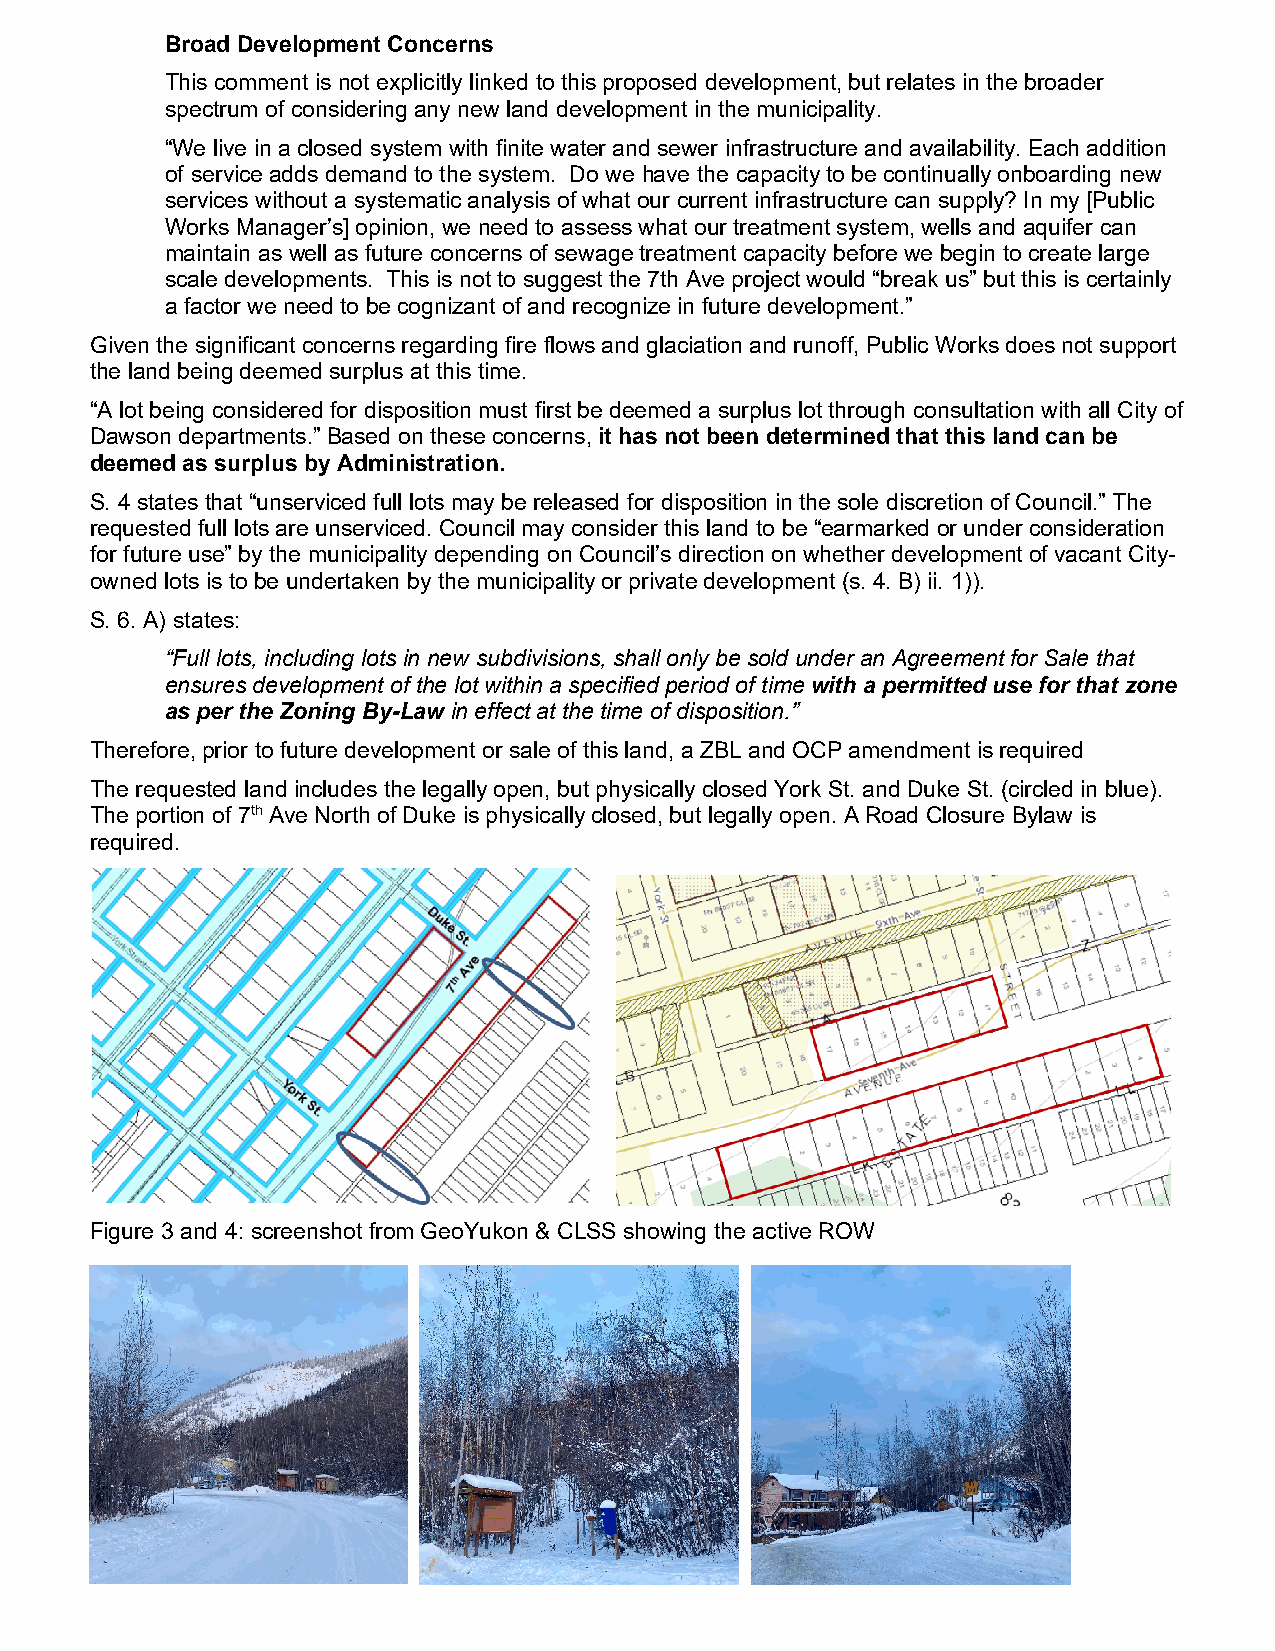
Broad Development Concerns
 This comment is not explicitly linked to this proposed development, but relates in the broader
 spectrum of considering any new land development in the municipality.
 “We live in a closed system with finite water and sewer infrastructure and availability. Each addition
 of service adds demand to the system. Do we have the capacity to be continually onboarding new
 services without a systematic analysis of what our current infrastructure can supply? In my [Public
 Works Manager’s] opinion, we need to assess what our treatment system, wells and aquifer can
 maintain as well as future concerns of sewage treatment capacity before we begin to create large
 scale developments. This is not to suggest the 7th Ave project would “break us” but this is certainly
 a factor we need to be cognizant of and recognize in future development.”
 Given the significant concerns regarding fire flows and glaciation and runoff, Public Works does not support
 the land being deemed surplus at this time.
 “A lot being considered for disposition must first be deemed a surplus lot through consultation with all City of
 Dawson departments.” Based on these concerns, it has not been determined that this land can be
 deemed as surplus by Administration.
 S. 4 states that “unserviced full lots may be released for disposition in the sole discretion of Council.” The
 requested full lots are unserviced. Council may consider this land to be “earmarked or under consideration
 for future use” by the municipality depending on Council’s direction on whether development of vacant City-
 owned lots is to be undertaken by the municipality or private development (s. 4. B) ii. 1)).
 S. 6. A) states:
 “Full lots, including lots in new subdivisions, shall only be sold under an Agreement for Sale that
 ensures development of the lot within a specified period of time with a permitted use for that zone
 as per the Zoning By-Law in effect at the time of disposition.”
 Therefore, prior to future development or sale of this land, a ZBL and OCP amendment is required
 The requested land includes the legally open, but physically closed York St. and Duke St. (circled in blue).
 The portion of 7th Ave North of Duke is physically closed, but legally open. A Road Closure Bylaw is
 required.
 Figure 3 and 4: screenshot from GeoYukon & CLSS showing the active ROW